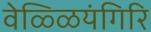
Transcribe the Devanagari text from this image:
वेळ्ळियंगिरि